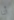
أنا